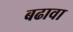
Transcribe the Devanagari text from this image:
बढावा